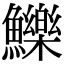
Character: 鱳